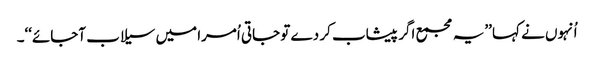
اُنہوں نے کہا ’’یہ مجمع اگر پیشاب کر دے تو جاتی اُمرا میں سیلاب آجائے‘‘۔